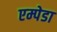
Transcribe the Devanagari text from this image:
एम्पेडा